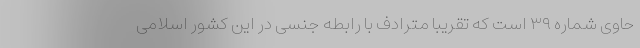
حاوی شماره ۳۹ است که تقریباً مترادف با رابطه جنسی در این کشور اسلامی